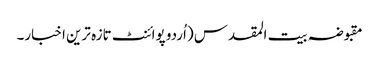
مقبوضہ بیت المقدس (اُردو پوائنٹ تازہ ترین اخبار۔